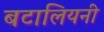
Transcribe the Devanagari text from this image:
बटालियनी